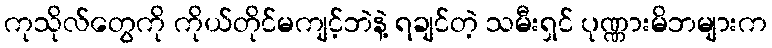
ကုသိုလ်တွေကို ကိုယ်တိုင်မကျင့်ဘဲနဲ့ ရချင်တဲ့ သမီးရှင် ပုဏ္ဏားမိဘများက